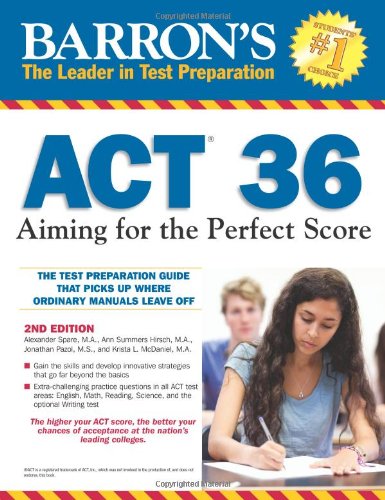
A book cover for Barron's ACT 36, 2nd Edition: Aiming for the Perfect Score; Alexander Spare  M.A.; Test Preparation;